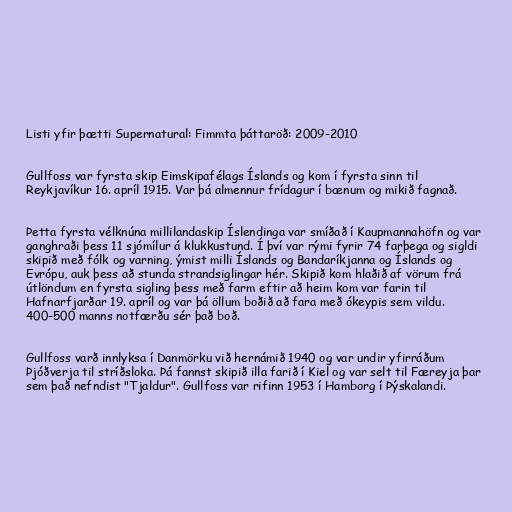
Listi yfir þætti Supernatural: Fimmta þáttaröð: 2009-2010

Gullfoss var fyrsta skip Eimskipafélags Íslands og kom í fyrsta sinn til
Reykjavíkur 16. apríl 1915. Var þá almennur frídagur í bænum og mikið fagnað.

Þetta fyrsta vélknúna millilandaskip Íslendinga var smíðað í Kaupmannahöfn og var
ganghraði þess 11 sjómílur á klukkustund. Í því var rými fyrir 74 farþega og sigldi
skipið með fólk og varning, ýmist milli Íslands og Bandaríkjanna og Íslands og
Evrópu, auk þess að stunda strandsiglingar hér. Skipið kom hlaðið af vörum frá
útlöndum en fyrsta sigling þess með farm eftir að heim kom var farin til
Hafnarfjarðar 19. apríl og var þá öllum boðið að fara með ókeypis sem vildu.
400-500 manns notfærðu sér það boð.

Gullfoss varð innlyksa í Danmörku við hernámið 1940 og var undir yfirráðum
Þjóðverja til stríðsloka. Þá fannst skipið illa farið í Kiel og var selt til Færeyja þar
sem það nefndist "Tjaldur". Gullfoss var rifinn 1953 í Hamborg í Þýskalandi.